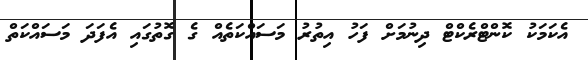
އެކަމަކު ކޮންޓްރެކްޓް ދިނުމަށް ފަހު އިތުރު މަސައްކަތެއް ގެ ގޮތުގައި އެފަދަ މަސައްކަތް